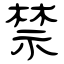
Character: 禁